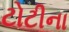
ટોટીના